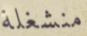
منشغلة